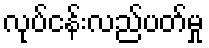
လုပ်ငန်းလည်ပတ်မှု